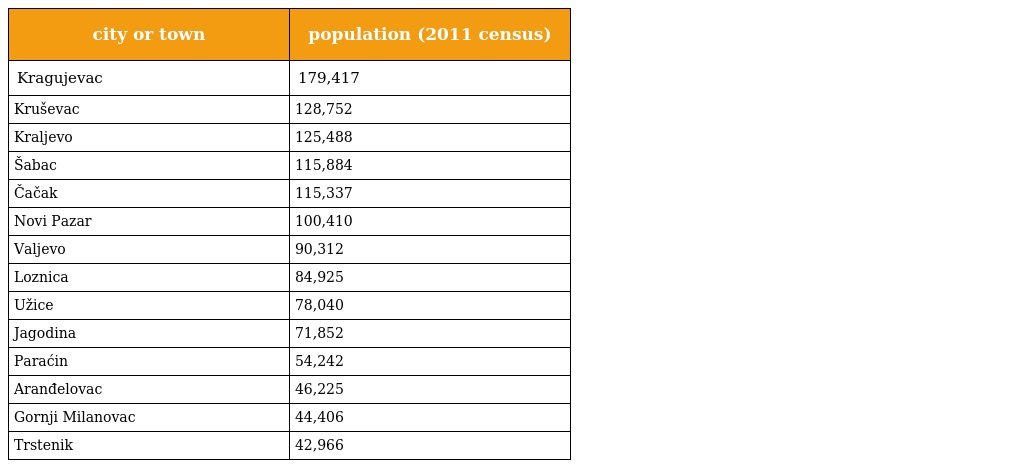
| city or town | population (2011 census) |
 | --- | --- |
 | Kragujevac | 179,417 |
 | Kruševac | 128,752 |
 | Kraljevo | 125,488 |
 | Šabac | 115,884 |
 | Čačak | 115,337 |
 | Novi Pazar | 100,410 |
 | Valjevo | 90,312 |
 | Loznica | 84,925 |
 | Užice | 78,040 |
 | Jagodina | 71,852 |
 | Paraćin | 54,242 |
 | Aranđelovac | 46,225 |
 | Gornji Milanovac | 44,406 |
 | Trstenik | 42,966 |